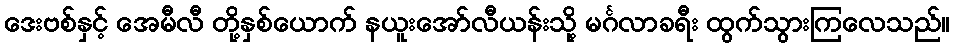
ဒေးဗစ်နှင့် အေမီလီ တို့နှစ်ယောက် နယူးအော်လီယန်းသို့ မင်္ဂလာခရီး ထွက်သွားကြလေသည်။